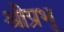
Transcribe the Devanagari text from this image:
श्रीप्रभू